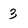
Character: 3